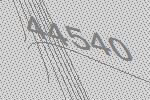
44540